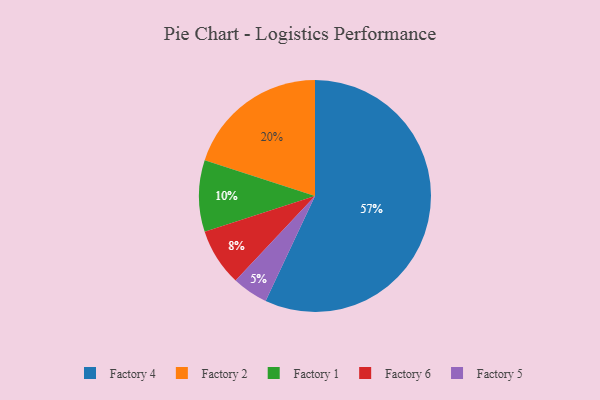
{"axis": {"x": "Category", "y": "Percentage"}, "legend": ["Factory 1", "Factory 2", "Factory 4", "Factory 5", "Factory 6"], "data": [{"x": "Factory 6", "y": 8, "type": "Factory 6"}, {"x": "Factory 4", "y": 57, "type": "Factory 4"}, {"x": "Factory 1", "y": 10, "type": "Factory 1"}, {"x": "Factory 2", "y": 20, "type": "Factory 2"}, {"x": "Factory 5", "y": 5, "type": "Factory 5"}]}